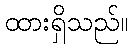
ထားရှိသည်။